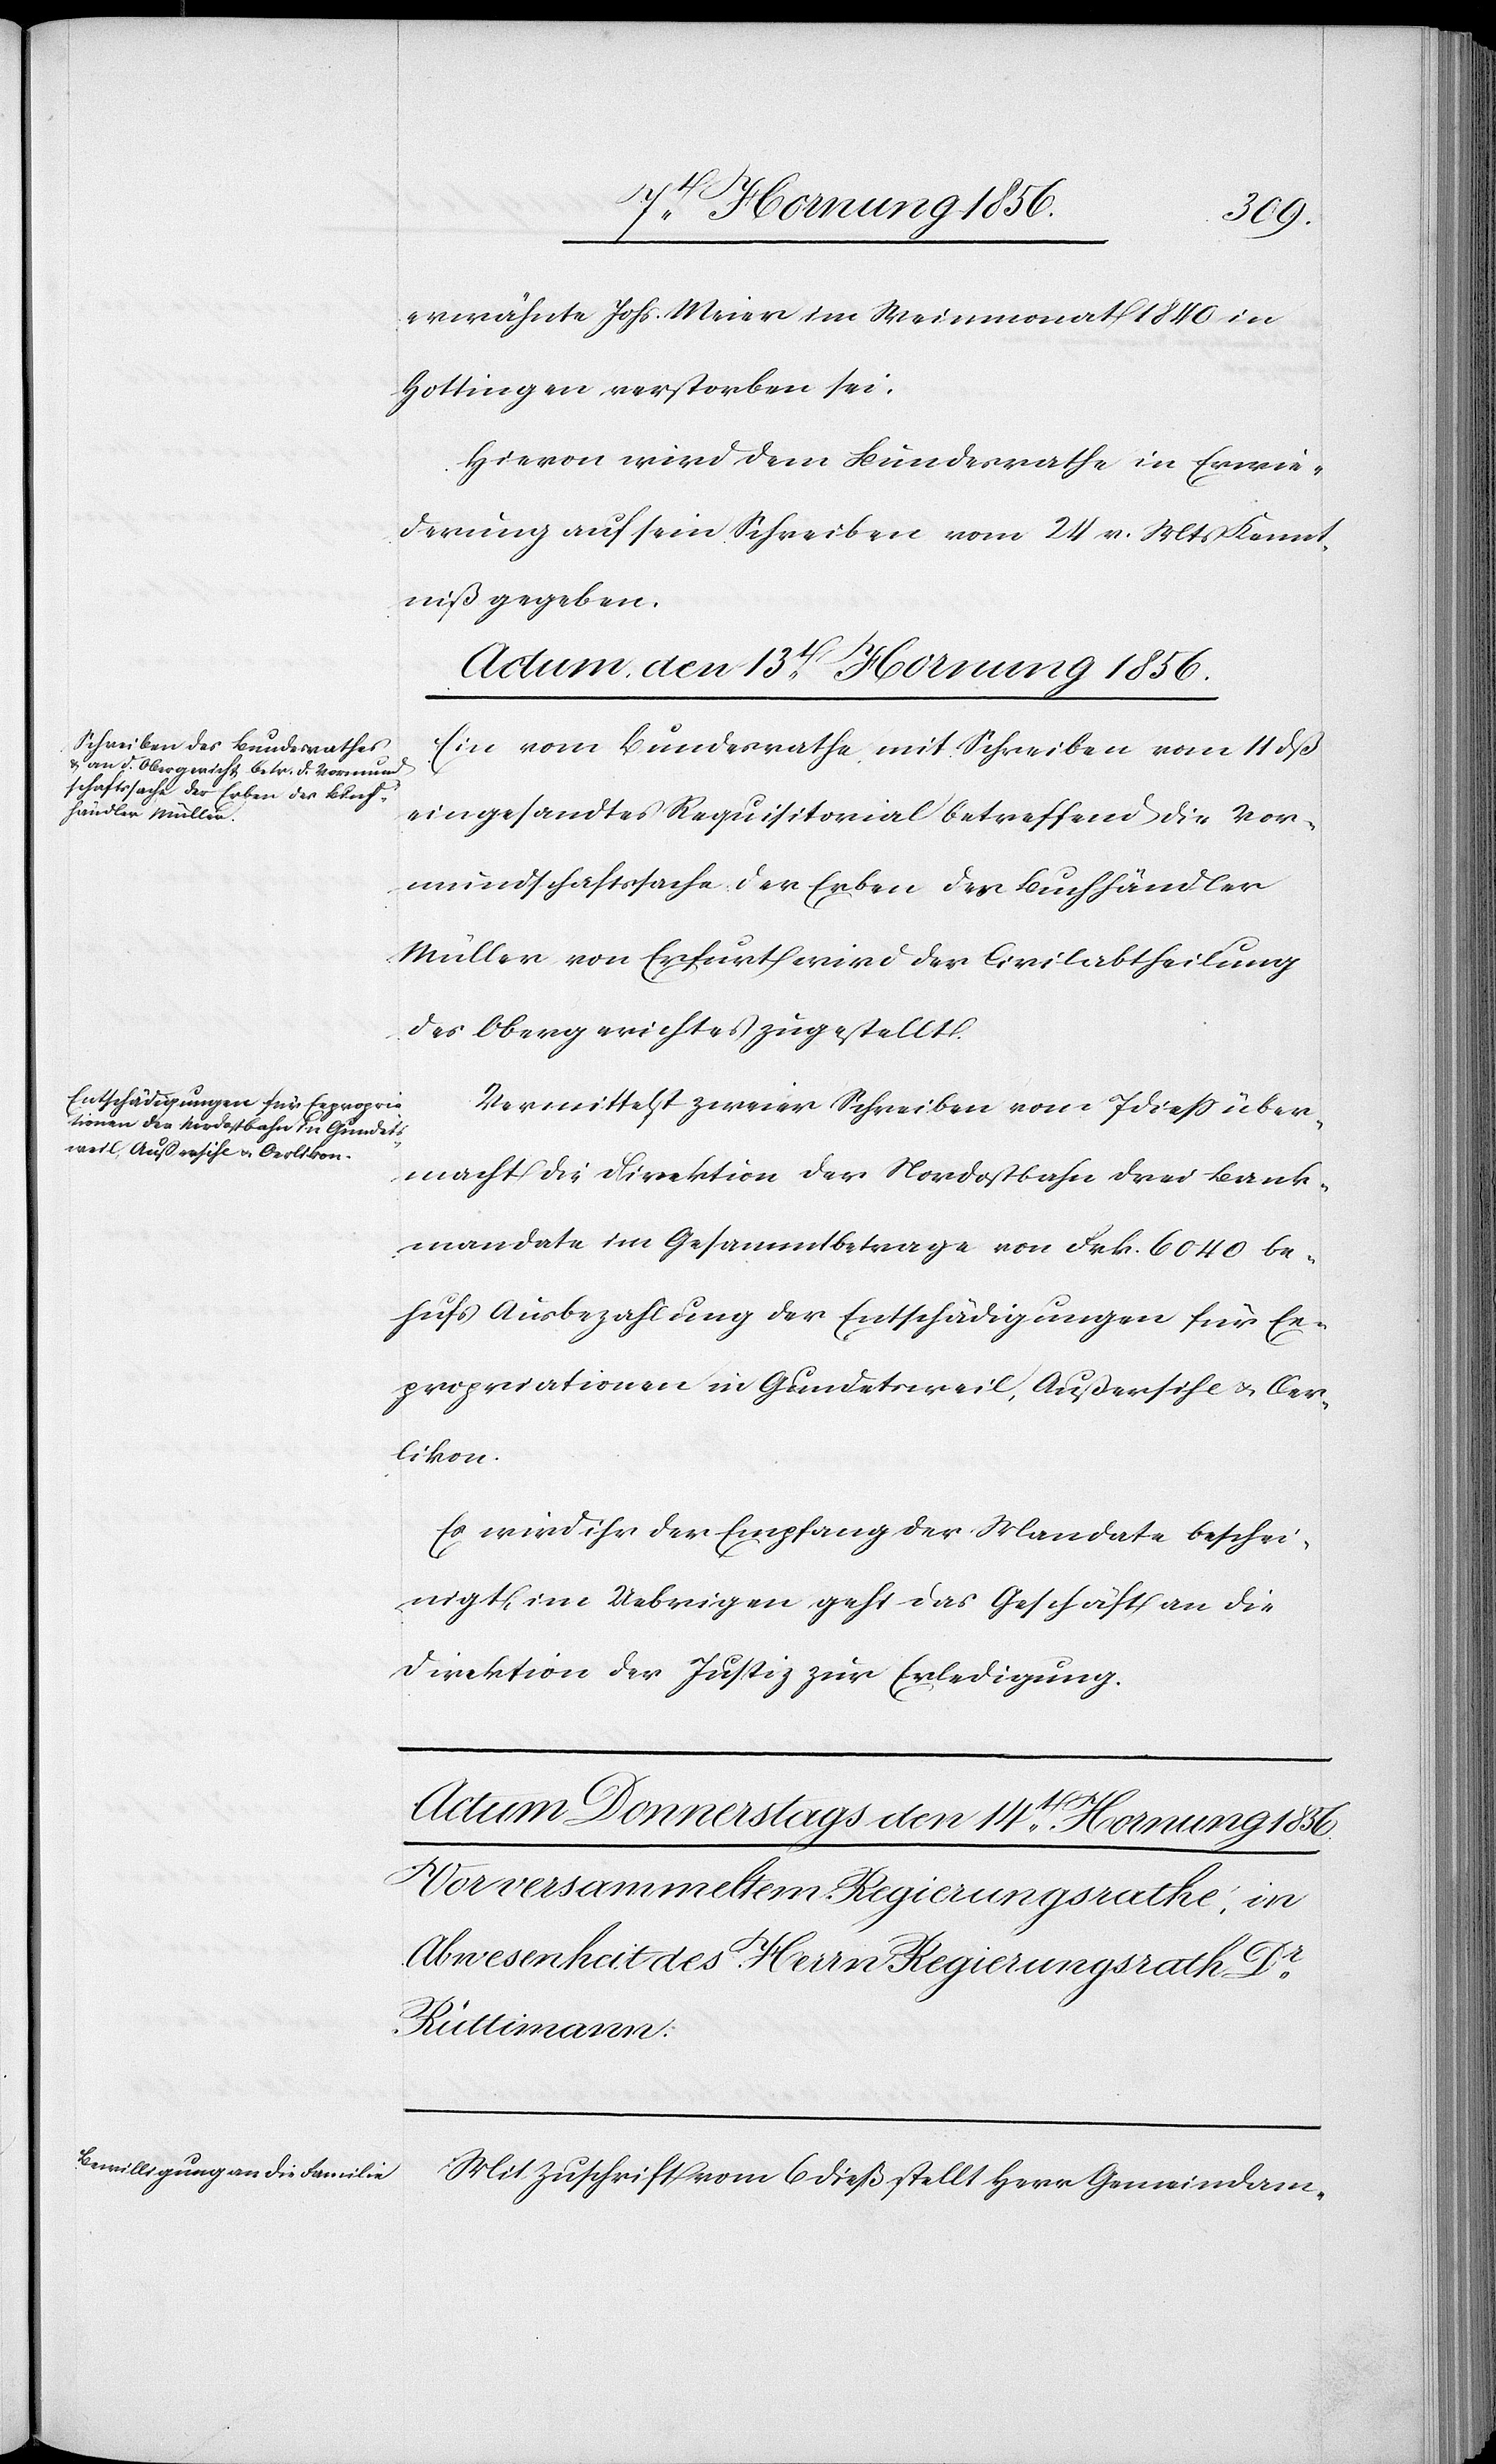
erwähnte Johs. Meier im Weinmonat 1840 in
Hottingen verstorben sei.
Hiervon wird dem Bundesrathe in Erwie¬
derung auf sein Schreiben vom 24 v. Mts Kennt¬
niß gegeben.
Actum, den 13t Hornung 1856.]
Ein vom Bundesrathe mit Schreiben vom 11 dß
eingesandtes Requisitorial betreffend die Vor¬
mundschaftssache der Erben des Buchhändler
Müller von Erfurt wird der Civilabtheilung
des Obergerichtes zugestellt.
Vermittelst zweier Schreiben vom 7 dieß über¬
macht die Direktion der Nordostbahn drei Bank¬
mandate im Gesammtbetrage von Frk. 6040 be¬
hufs Ausbezahlung der Entschädigungen für Ex¬
propriationen in Gundetsweil, Außersihl u. Oer¬
likon.
Es wird ihr der Empfang der Mandate beschei¬
nigt, im Uebrigen geht das Geschäft an die
Direktion der Justiz zur Erledigung.
Mit Zuschrift vom 6 dieß stellt Herr Gemeindam-